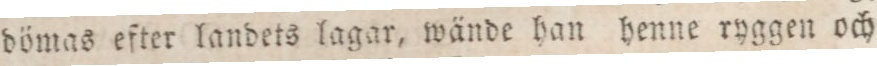
dömas efter landets lagar, wände han henne ryggen och